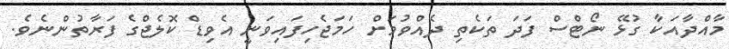
މާއްދާއަކާ ގުޅޭ ނޯޓްސް ފަދަ ތަކެތި ދެއްވުމަށް ހަމަޖެހިފައިވަނީ އެވިޑް ކޮލެޖްގެ ފަރާތުންނެވެ.